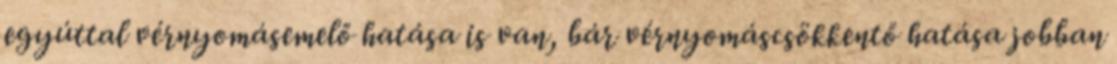
egyúttal vérnyomásemelő hatása is van, bár vérnyomáscsökkentő hatása jobban